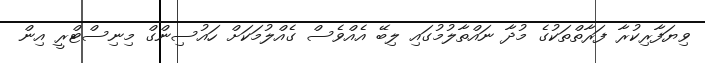
ވިޔަފާރިކުރާ ފަރާތްތަކުގެ މުދާ ނައްތާލުމުގައި ލިބޭ އެއްވެސް ގެއްލުމަކަށް ހައުސިންގް މިނިސްޓްރީ އިން